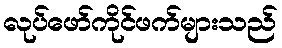
လုပ်ဖော်ကိုင်ဖက်များသည်